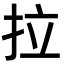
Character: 拉